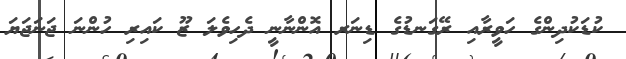
ކުޑަކުދިންގެ ހަވީރާއި ރޭގަނޑުގެ ޑިނަރ އޮންނާނީ ދެހިވެލަ ޒޫ ކައިރި ހުންނަ ޖަނަޖަޔަ